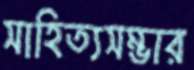
সাহিত্যসম্ভার